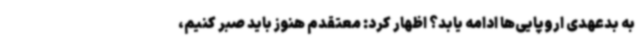
به بدعهدی اروپایی‌ها ادامه یابد؟ اظهار کرد: معتقدم هنوز باید صبر کنیم،